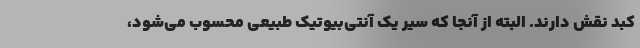
کبد نقش دارند. البته از آنجا که سیر یک آنتی‌بیوتیک طبیعی محسوب می‌شود،